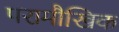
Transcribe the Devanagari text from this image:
परामौखिक